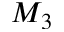
M _ { 3 }